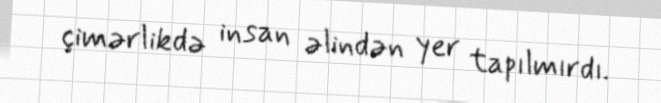
çimərlikdə insan əlindən yer tapılmırdı.